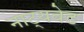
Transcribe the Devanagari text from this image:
नाट्यवेड